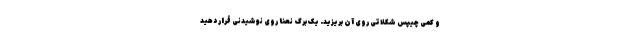
و کمی چیپس شکلاتی روی آن بریزید. یک برگ نعنا روی نوشیدنی قرار دهید